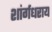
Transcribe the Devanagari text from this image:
शांर्गधराय